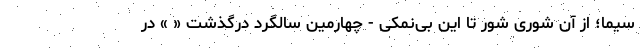
سیما؛ از آن شوریِ شور تا این بی‌نمکی - چهارمین سالگرد درگذشت « » در